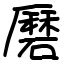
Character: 磿